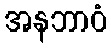
အနဘာဝံ